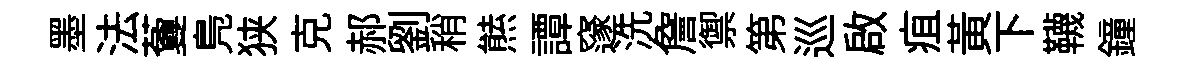
墨法藑鳬狭克郝劉稍㷱譚邃洗詹禦第巡啟疽黃下韈鐘